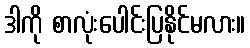
ဒါကို စာလုံးပေါင်းပြနိုင်မလား။